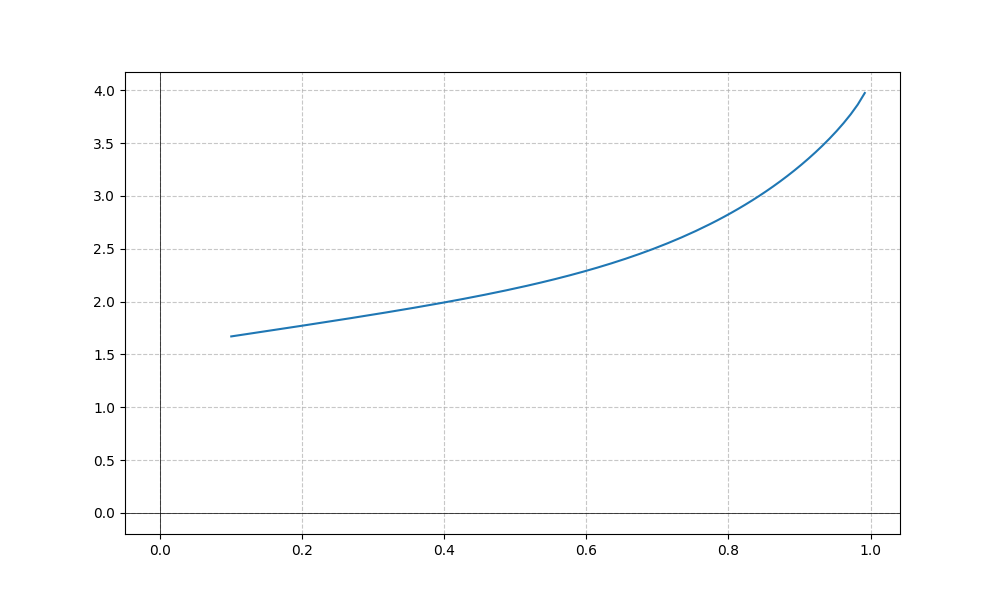
LaTeX formula: x^{5} + \operatorname{acos}{\left(- x \right)}